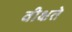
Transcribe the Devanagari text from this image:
वीक्षते